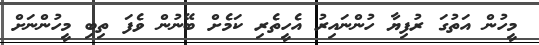
މީހުން އަތުގަ ރުފިޔާ ހުންނައިރު އެހީތެރި ކަމެށް ބޭނުން ވެފަ ތިިބި މީހުންނަށް